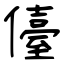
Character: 儓